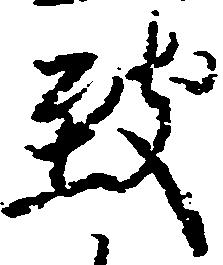
致